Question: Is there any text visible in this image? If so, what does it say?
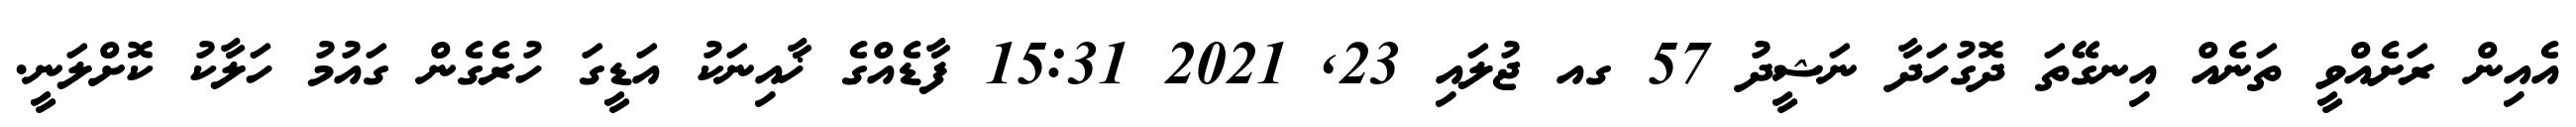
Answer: އެއިން ރަށެއްވީ ތަނެއް އިނގޭތަ ދޮގުހަދާ ނަޝީދު 57 ގއ ޖުލައި 23, 2021 15:31 ފާޑެއްގެ ޚާއިނަކު އަޑީގަ ހުރެގެން ގައުމު ހަލާކު ކޮށްލަނީ.